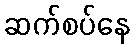
ဆက်စပ်နေ